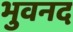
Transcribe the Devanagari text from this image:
भुवनद